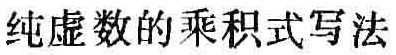
纯虚数的乘积式写法